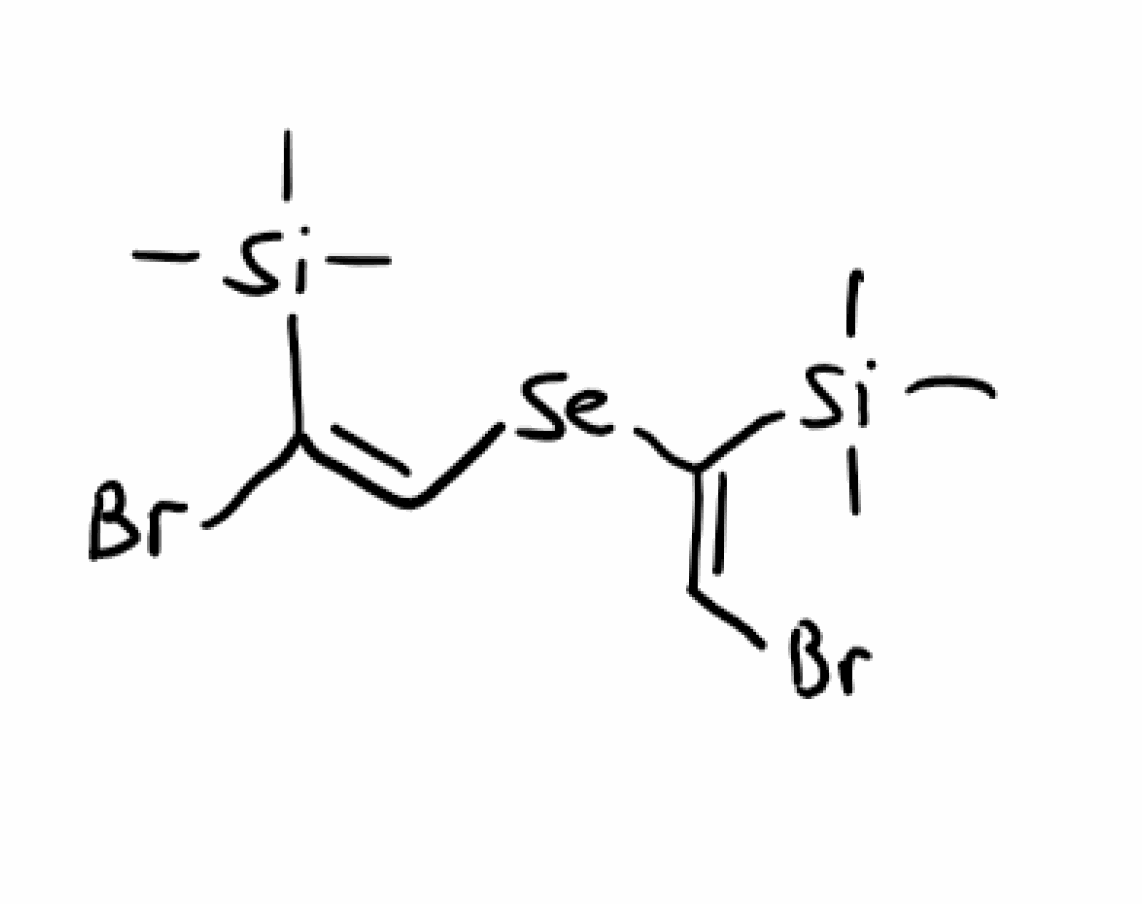
Simplified molecular-input line-entry system (SMILES) notation of the given molecule:
C[Si](C)(C)/C(=C\[Se]/C(=C/Br)/[Si](C)(C)C)/Br